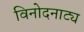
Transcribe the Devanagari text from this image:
विनोदनाट्य